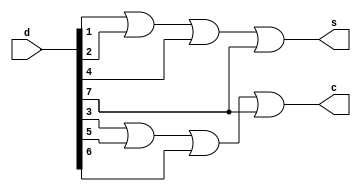
module fadec(d,s,c);
input [7:0]d;
output s,c;
assign s=d[1]||d[2]||d[4]||d[7];
assign c=d[3]||d[5]||d[6]||d[7];
endmodule